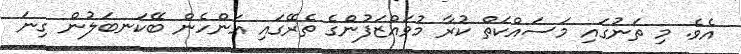
އެވެ. މި ތަނުގައި މަސައްކަތް ކުރާ މުވައްޒަފުންގެ ތެރޭގައި އަންހެން ބޭކަނބަލުން ގިނަ